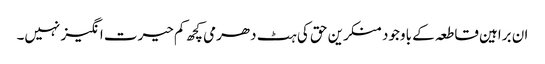
ان براہین قاطعہ کے باوجود منکرین حق کی ہٹ دھرمی کچھ کم حیرت انگیز نہیں۔